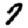
Digit: 7